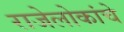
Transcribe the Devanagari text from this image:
राजेलोकांचे